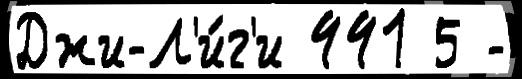
Джи-Л'и́г'и 441 5 -